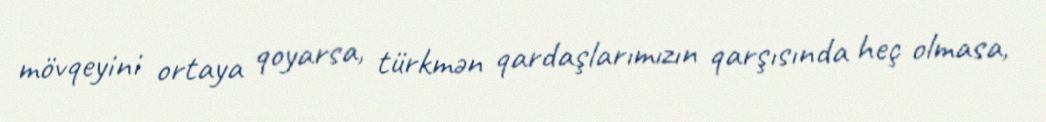
mövqeyini ortaya qoyarsa, türkmən qardaşlarımızın qarşısında heç olmasa,